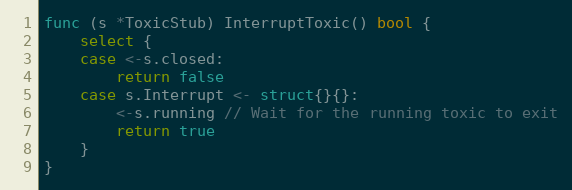
Language: Go
func (s *ToxicStub) InterruptToxic() bool {
	select {
	case <-s.closed:
		return false
	case s.Interrupt <- struct{}{}:
		<-s.running // Wait for the running toxic to exit
		return true
	}
}